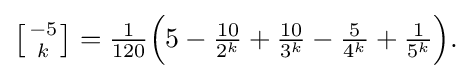
{\textstyle \left[{-5 \atop k}\right]={\frac {1}{120}}{\Bigl (}5-{\frac {10}{2^{k}}}+{\frac {10}{3^{k}}}-{\frac {5}{4^{k}}}+{\frac {1}{5^{k}}}{\Bigr )}.}